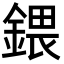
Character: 鍡